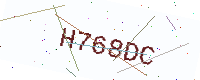
Text: H768DC